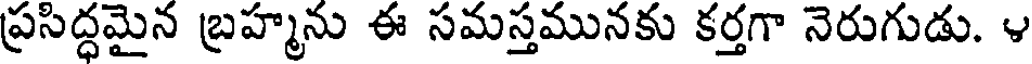
ప్రసిద్ధమైన బ్రహ్మను ఈ సమస్తమునకు కర్తగా నెరుగుడు. ౪